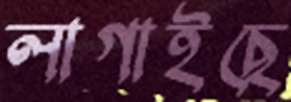
লাগাইছে